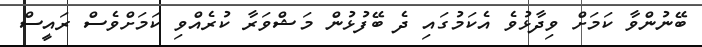
ބޭނުންވާ ކަމަށް ވިދާޅުވެ އެކަމުގައި ދެ ބޭފުޅުން މަޝްވަރާ ކުރެއްވި ކަމަށްވެސް ރައީސް